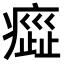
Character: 𤹻